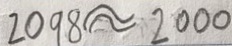
2 0 9 8 \approx 2 0 0 0